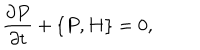
LaTeX: \frac { \partial P } { \partial t } + \{ P , H \} = 0 ,